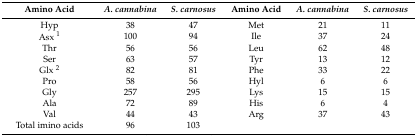
| Amino Acid | A. cannabina | S. carnosus | Amino Acid | A. cannabina | S. carnosus |
 | --- | --- | --- | --- | --- | --- |
 | Hyp | 38 | 47 | Met | 21 | 11 |
 | Asx 1 | 100 | 94 | Ile | 37 | 24 |
 | Thr | 56 | 56 | Leu | 62 | 48 |
 | Ser | 63 | 57 | Tyr | 13 | 12 |
 | Glx 2 | 82 | 81 | Phe | 33 | 22 |
 | Pro | 58 | 56 | Hyl | 6 | 6 |
 | Gly | 257 | 295 | Lys | 15 | 15 |
 | Ala | 72 | 89 | His | 6 | 4 |
 | Val | 44 | 43 | Arg | 37 | 43 |
 | Total imino acids | 96 | 103 |  |  |  |